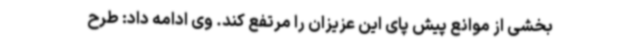
بخشی از موانع پیش پای این عزیزان را مرتفع کند. وی ادامه داد: طرح